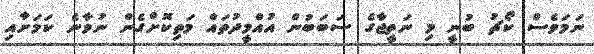
ނަމަވެސް ކޯޗު ބުނީ މި ނަތީޖާގެ ސަބަބުން އުއްމީދުތައް މަތިކޮށްގެން ނުވާނެ ކަމަށާއި